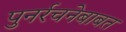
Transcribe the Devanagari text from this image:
पुनर्रचनेबाबत